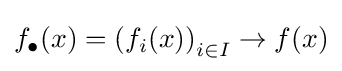
f_{\bullet }(x)=\left(f_{i}(x)\right)_{i\in I}\to f(x)